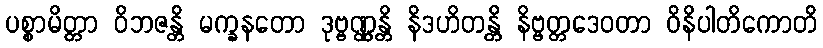
ပစ္စာမိတ္တာ ဝိဘဇန္တိ မက္ခနတော ဒုဗ္ဗဏ္ဏန္တိ နိဒဟိတန္တိ နိဗ္ဗတ္တဒေဝတာ ဝိနိပါတိကောတိ